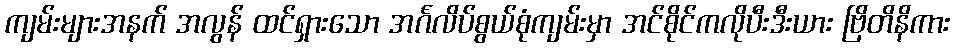
ကျမ်းများအနက် အလွန် ထင်ရှားသော အင်္ဂလိပ်စွယ်စုံကျမ်းမှာ အင်စိုင်ကလိုပီးဒီးယား ဗြိတိနိကား